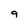
Character: 9